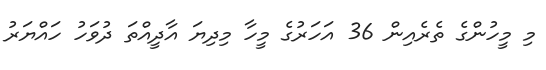
މި މީހުންގެ ތެރެއިން 36 އަހަރުގެ މީހާ މިދިޔަ އާދީއްތަ ދުވަހު ހައްޔަރު